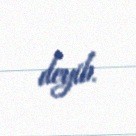
deyib.